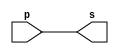
// ------------------------- 
// Exemplo0001 - buffer 
// Nome: Thaise Souto Martins 
// ------------------------- 


// ------------------------- 
// -- buffer 
// ------------------------- 
module buffer (output s, input p); 
assign s = p; // criar vinculo permanente 
// (dependencia) 
endmodule // buffer 


// ------------------------- 
// -- test buffer 
// ------------------------- 
module testbuffer; 


// ------------------------- dados locais 
reg a; // definir registrador 
// (variavel independente) 
wire s; // definir conexao (fio) 
// (variavel dependente ) 


// ------------------------- instancia 
buffer BF1 (s, a); 


// ------------------------- preparacao 
initial begin:start 
a=0; // valor inicial 
end 


// ------------------------- parte principal 
initial begin:main 
// execucao unitaria 
$display("Exemplo 0001 - Thaise Souto Martins - 395504"); 
$display("Test buffer:"); 
$display("\t time\ta = s"); 
// execucao permanente 
$monitor("%d\t%b = %b", $time, a, s); 
// apos uma unidade de tempo 
// mudar valor do registrador para 0 
#1 a=1; 
// apos duas unidades de tempo 
// mudar valor do registrador para 1 
#2 a=0; 
end 
endmodule // testbuffer